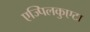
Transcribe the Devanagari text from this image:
एज्पिलकुएटा